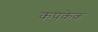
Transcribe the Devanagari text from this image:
कपकेक